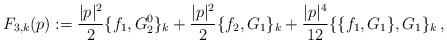
LaTeX: \begin{align*}\begin{aligned}F_{3,k}(p ):= \frac{|p|^2}{2}\{f_1,G_2^0\}_k+\frac{|p|^2}{2}\{f_2,G_1\}_k+\frac{|p|^4}{12} \{ \{f_1,G_1\},G_1\}_k\,,\end{aligned}\end{align*}